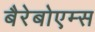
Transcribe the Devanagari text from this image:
बैरेबोएम्स